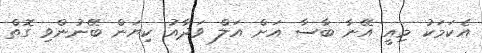
އެކަމަކު މިއީ އޭނާ ބާސާ އަށް އަލް ވަދާއު ކިޔަން ބޭނުންވި ގޮތް